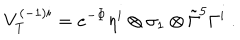
LaTeX: V _ { T } ^ { ( - 1 ) i } = e ^ { - \Phi } \eta ^ { i } \otimes \sigma _ { 1 } \otimes \tilde { \Gamma } ^ { 5 } \Gamma ^ { i } \ .